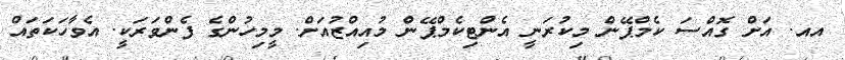
އއ. އަށް ގޮއްސަ ކެމްޕޭން މިކުރަނީ އެންޓިކެމްޕޭން މުއިއްޒުއަށް. މީމިހުންގެ ފެންވަރަކީ. އެވާހަކަތައް